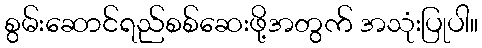
စွမ်းဆောင်ရည်စစ်ဆေးဖို့အတွက် အသုံးပြုပါ။